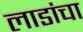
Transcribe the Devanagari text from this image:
लाडांचा